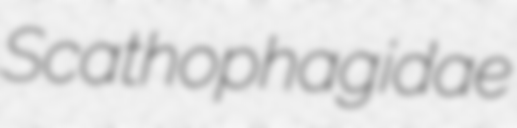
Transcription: Scathophagidae